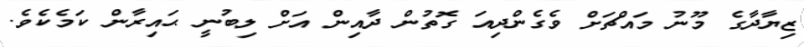
ޒިޔާދާގެ މޫނު މައްޗަށް ވެގެންދިއަ ގޮތުން ދާއިން އަށް ލިބުނީ ޙައިރާން ކަމެކެވެ.